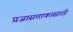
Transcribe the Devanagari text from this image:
प्रजासत्ताकासाठी